Annual administration report of the Civil Veterinary Department of India - 1905-1906
Year: 1905
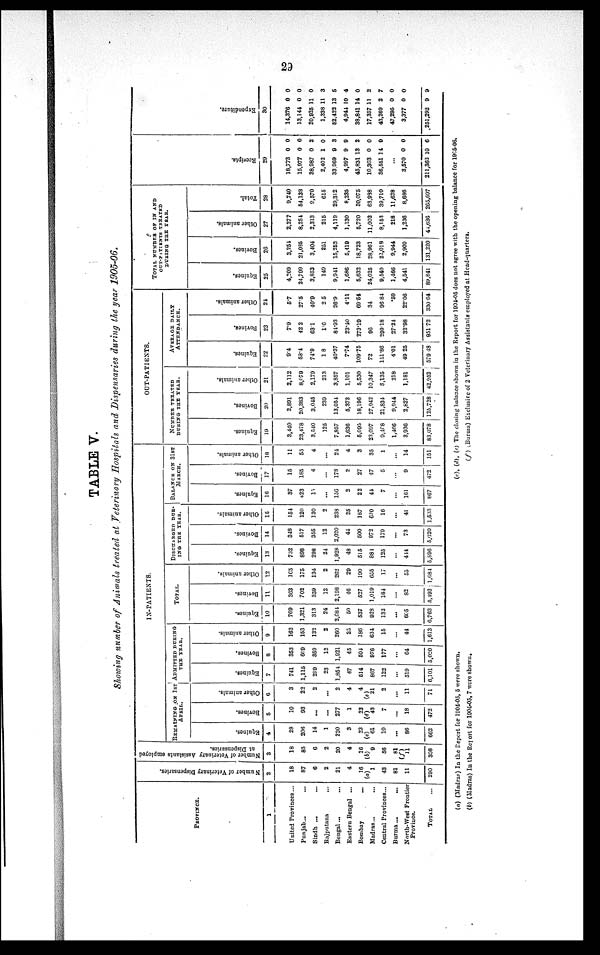
29
TABLE V.
Showing number of Animals treated at Veterinary Hospitals and Dispensaries during the year 1905-06.
PROVINCE.
1
United Provinces...
Punjab... ...
Sindh ... ...
Rajputana ...
Bengal ... ....
Eastern Bengal ...
Bombay
...
Madras...
Central Provinces...
Burma ...
...
North-West Frontier
Province.
TOTAL ...
Number of Veterinary Dispensaries.
2
18
87
6
2
21
4
16
(a)
1
43
81
11
290
Number of Veterinary Assistants employed
at Dispensaries.
3
18
85
6
2
20
4
10
(b)
9
56
81
(f)
11
308
IN-PATIENTS.
REMAINING ON 1ST
APRIL.
Equi nes .
4
28
206
14
1
230
3
23
(c)
61
10
...
86
662
Bovines.
5
10
93
...
...
277
1
23
(d)
43
7
...
18
472
Other animals.
6
3
22
2
...
2
4
4
(e) 21
2
...
11
71
ADMITTED DURING
THE YEAR.
Equi nes .
7
741
1,115
299
23
1,854
47
614
867
122
...
519
6,101
Bovi nes .
8
353
609
359
12
1,921
45
504
976
177
...
64
5,020
Other animals.
9
162
153
132
2
260
25
186
634
15
...
44
1,613
TOTAL
Equi nes .
10
769
1,321
313
24
2,684
00
537
928
132
...
605
6,763
Bovi nes .
11
363
702
359
12
2,198
16
527
1,019
184
...
82
5,492
Other animals.
12
165
175
134
2
262
20
190
655
17
...
55
1,684
DISCHARGED DUR¬
ING THE YEAR.
Equines.
13
732
898
298
24
1,928
48
515
884
125
...
444
5,896
Bovi nes .
14
348
517
355
12
2,020
44
500
972
179
...
73
5,020
Other animals.
15
154
120
130
2
238
25
187
620
16
...
41
1,533
BALANCE ON 31ST
MARCH.
Equi nes .
16
37
423
10
...
156
2
22
44
7
...
161
867
Bovi nes .
17
15
185
4
...
178
2
27
47
5
...
9
472
Other animals.
18
11
55
4
...
24
4
3
35
1
...
14
151
OUT-PATIENTS.
NUMBER TREATED
DURING THE YEAR.
Equi nes .
19
3,440
23,478
3,540
125
7,857
1,636
5,095
23,097
9,408
1,466
3,936
83,078
Bovi nes .
20
2,891
20,383
3,045
239
13,054
5,373
18,196
27,942
21,834
9,944
2,827
125,728
Other animals.
21
2,112
8,979
2,179
213
3,857
1,101
5,530
10,347
8,135
218
1,181
42,952
AVERAGE DAILY
ATTENDANCE.
Equines.
22
9.4
53.4
74.9
1 8
40.37
7.74
109.75
72
151.86
4.01
49.25
579.48
Bovines.
23
7.9
42.2
63.1
1.6
84.93
23.10
273.19
96
299.18
27.24
32.98
951.72
Other animals.
24
5.7
27.5
40.9
2.5
26.9
4.11
69.54
34
96.84
.59
22.06
330.64
TOTAL NUMBER OF IN AND
OUT-PATIENTS TREATED
DURING THE YEAR.
Equi nes .
25
4,209
24,799
3,853
149
9,941
1,686
5,632
24,025
9,540
1,466
4,541
89,841
Bovi nes .
26
3,254
21,095
3,404
251
15,252
5,419
18,723
28,961
22,018
9,944
2,909
131,220
Other animals.
27
2,277
8,254
2,313
215
4,119
1,130
5,720
11,002
8,152
218
1,236
44,636
Tot al .
28
9,740
54,138
9,570
615
29,312
8,235
30,075
63,988
39,710
11,628
8,686
265,697
Recei pt s.
29
18,773
15,977
38,987
2,402
33,969
4,997
45,831
16,303
36,551
...
3,570
211,362
0
0
0
1
9
9
13
0
14
0
10
0
0
2
0
3
9
2
0
9
0
6
Expendi t
ur e.
30
14,376
13,144
20,925
1,338
62,422
4,944
38,841
17,357
43,269
47,295
3,377
251,292
0
0
11
11
13
10
14
11
2
0
0
9
0
0
0
3
5
4
0
2
7
0
0
9
(a) (Madras) In the Report for 1904-05, 5 were shown.
(b) (Madras) In the Report for 1904-05, 7 were shown.
(c), (d), (e) The closing balance shown in the Report for 1904-05 does not agree with the opening balance for 1905-06.
(f) (Burma) Exclusive of 2 Veterinary Assistants employed at Head-quarters.